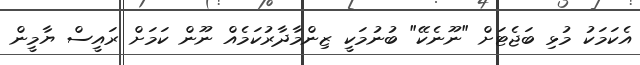
އެކަމަކު މުޅި ބަޖެޓަށް "ނޫނެކޭ" ބުނުމަކީ ޒިންމާދާރުކަމެއް ނޫން ކަމަށް ރައީސް ޔާމީން